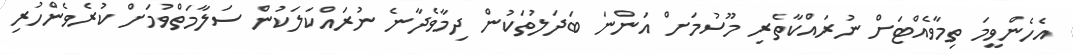
އެހެންވީމަ ތިމާވެއްޓަށް ނުރައްކާތެރި މޫސުމަށް އަންނަ ބަދަލުތަކުން ދިމާވެދާނެ ނުރައްކަލަކުން ސަލާމަތްވުމަށް ކުރެވެންހުރި